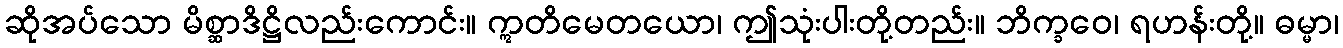
ဆိုအပ်သော မိစ္ဆာဒိဋ္ဌိလည်းကောင်း။ ဣတိမေတယော၊ ဤသုံးပါးတို့တည်း။ ဘိက္ခဝေ၊ ရဟန်းတို့။ ဓမ္မာ၊